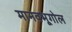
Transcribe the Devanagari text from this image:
मानवभूगोल